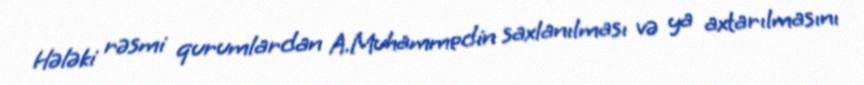
Hələki rəsmi qurumlardan A.Muhammedin saxlanılması və ya axtarılmasını